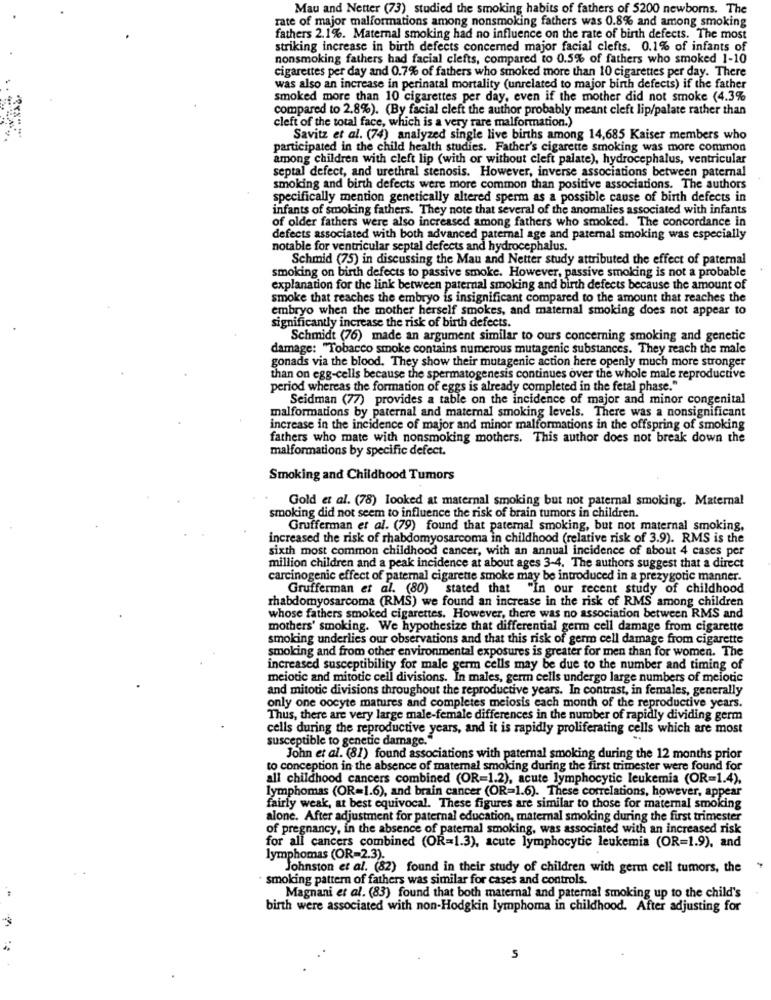
Mau and Netter (73) studied the smoking habits of fathers of 5200 newborns. The
rate of major malformations among nonsmoking fathers was 0.8% and among smoking
fathers 2.1%. Maternal smoking had no influence on the rate of birth defects. The most
striking increase in birth defects concerned major facial clefts. 0.1% of infants of
nonsmoking fathers had facial clefts, compared to 0.5% of fathers who smoked 1-10
cigarettes per day and 0.7% of fathers who smoked more than 10 cigarettes per day. There
was also an increase in perinatal mortality (unrelated to major birth defects) if the father
smoked more than 10 cigarettes per day, even if the mother did not smoke (4.3%
compared to 2.8%). (By facial cleft the author probably meant cleft lip/palate rather than
cleft of the total face, which is a very rare malformation.)
Savitz et al. (74) analyzed single live births among 14,685 Kaiser members who
participated in the child health studies. Father's cigarette smoking was more common
among children with cleft lip (with or without cleft palate), hydrocephalus, ventricular
septal defect, and urethral stenosis. However, inverse associations between paternal
smoking and birth defects were more common than positive associations. The authors
specifically mention genetically altered sperm as a possible cause of birth defects in
infants of smoking fathers. They note that several of the anomalies associated with infants
of older fathers were also increased among fathers who smoked. The concordance in
defects associated with both advanced paternal age and paternal smoking was especially
notable for ventricular septal defects and hydrocephalus.
Schmid (75) in discussing the Mau and Netter study attributed the effect of paternal
smoking on birth defects to passive smoke. However, passive smoking is not a probable
explanation for the link between paternal smoking and birth defects because the amount of
smoke that reaches the embryo is insignificant compared to the amount that reaches the
embryo when the mother herself smokes, and maternal smoking does not appear to
significantly increase the risk of birth defects.
Schmidt (76) made an argument similar to ours concerning smoking and genetic
damage: "Tobacco smoke contains numerous mutagenic substances. They reach the male
gonads via the blood. They show their mutagenic action here openly much more stronger
than on egg-cells because the spermatogenesis continues over the whole male reproductive
period whereas the formation of eggs is already completed in the fetal phase."
Seidman (77) provides a table on the incidence of major and minor congenital
malformations by paternal and maternal smoking levels. There was a nonsignificant
increase in the incidence of major and minor malformations in the offspring of smoking
fathers who mate with nonsmoking mothers. This author does not break down the
malformations by specific defect.
Smoking and Childhood Tumors
Gold et al. (78) looked at maternal smoking but not paternal smoking. Maternal
smoking did not seem to influence the risk of brain tumors in children.
Grufferman et al. (79) found that patemal smoking, but not maternal smoking,
increased the risk of rhabdomyosarcoma in childhood (relative risk of 3.9). RMS is the
sixth most common childhood cancer, with an annual incidence of about 4 cases per
million children and a peak incidence at about ages 3-4. The authors suggest that a direct
carcinogenic effect of paternal cigarette smoke may be introduced in a prezygotic manner.
Grufferman et al. (80) stated that "In our recent study of childhood
rhabdomyosarcoma (RMS) we found an increase in the risk of RMS among children
whose fathers smoked cigarettes. However, there was no association between RMS and
mothers' smoking. We hypothesize that differential germ cell damage from cigarette
smoking underlies our observations and that this risk of germ cell damage from cigarette
smoking and from other environmental exposures is greater for men than for women. The
increased susceptibility for male germ cells may be due to the number and timing of
meiotic and mitotic cell divisions. In males, germ cells undergo large numbers of meiotic
and mitotic divisions throughout the reproductive years. In contrast, in females, generally
only one oocyte matures and completes meiosis each month of the reproductive years.
Thus, there are very large male-female differences in the number of rapidly dividing germ
cells during the reproductive years, and it is rapidly proliferating cells which are most
susceptible to genetic damage."
John et al. (81) found associations with paternal smoking during the 12 months prior
to conception in the absence of maternal smoking during the first trimester were found for
all childhood cancers combined (OR=1.2), acute lymphocytic leukemia (OR=1.4).
lymphomas (OR=1.6), and brain cancer (OR=1.6). These correlations, however, appear
fairly weak, at best equivocal. These figures are similar to those for maternal smoking
alone. After adjustment for paternal education, maternal smoking during the first trimester
of pregnancy, in the absence of paternal smoking, was associated with an increased risk
for all cancers combined (OR=1.3), acute lymphocytic leukemia (OR=1.9), and
lymphomas (OR=2.3).
Johnston et al. (82) found in their study of children with germ cell tumors, the
smoking pattern of fathers was similar for cases and controls.
Magnani et al. (83) found that both maternal and paternal smoking up to the child's
birth were associated with non-Hodgkin lymphoma in childhood. After adjusting for
5